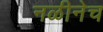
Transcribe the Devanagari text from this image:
नळीनेच